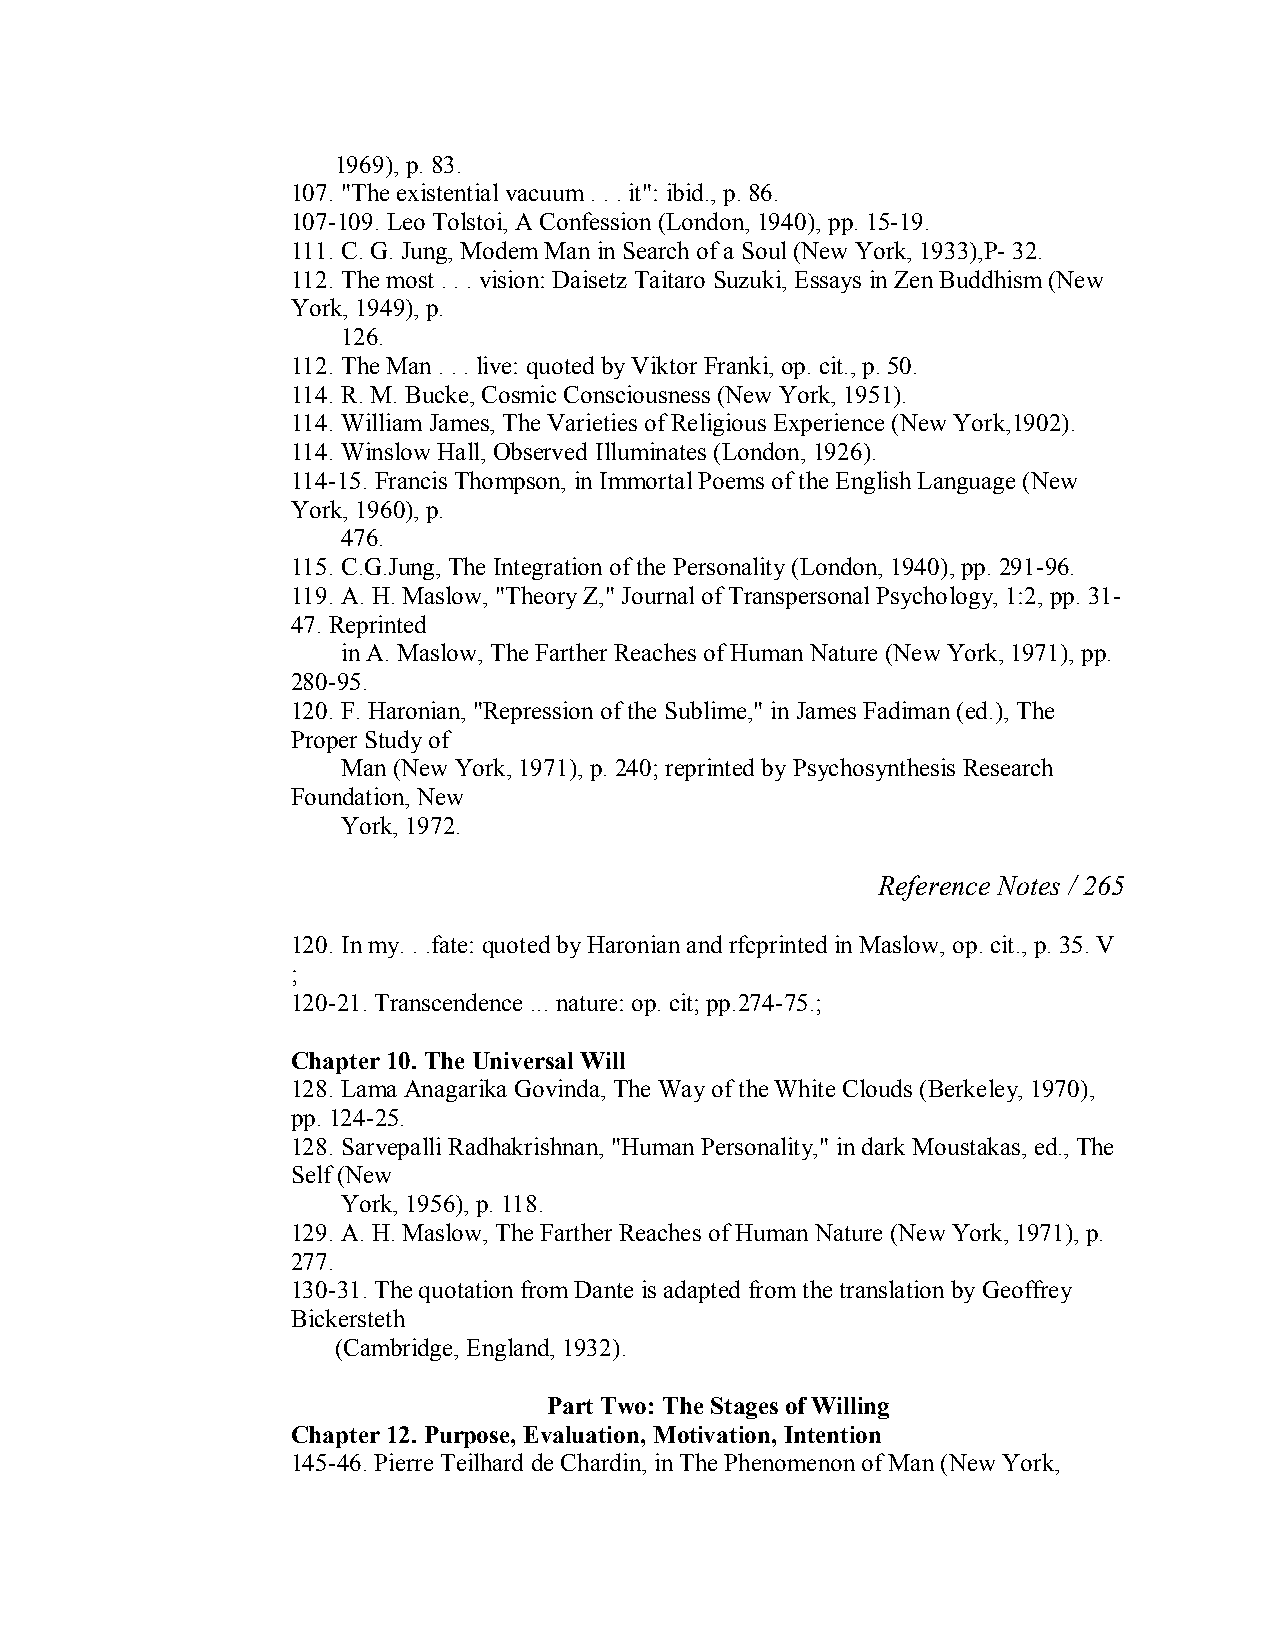
1969), p. 83.
 107. "The existential vacuum . . . it": ibid., p. 86.
 107­109. Leo Tolstoi, A Confession (London, 1940), pp. 15­19.
 111. C. G. Jung, Modem Man in Search of a Soul (New York, 1933),P­ 32.
 112. The most . . . vision: Daisetz Taitaro Suzuki, Essays in Zen Buddhism (New
 York, 1949), p.
 126.
 112. The Man . . . live: quoted by Viktor Franki, op. cit., p. 50.
 114. R. M. Bucke, Cosmic Consciousness (New York, 1951).
 114. William James, The Varieties of Religious Experience (New York,1902).
 114. Winslow Hall, Observed Illuminates (London, 1926).
 114­15. Francis Thompson, in Immortal Poems of the English Language (New
 York, 1960), p.
 476.
 115. C.G.Jung, The Integration of the Personality (London, 1940), pp. 291­96.
 119. A. H. Maslow, "Theory Z," Journal of Transpersonal Psychology, 1:2, pp. 31­
 47. Reprinted
 in A. Maslow, The Farther Reaches of Human Nature (New York, 1971), pp.
 280­95.
 120. F. Haronian, "Repression of the Sublime," in James Fadiman (ed.), The
 Proper Study of
 Man (New York, 1971), p. 240; reprinted by Psychosynthesis Research
 Foundation, New
 York, 1972.
 Reference Notes / 265
 120. In my. . .fate: quoted by Haronian and rfcprinted in Maslow, op. cit., p. 35. V
 ;
 120­21. Transcendence ... nature: op. cit; pp.274­75.;
 Chapter 10. The Universal Will
 128. Lama Anagarika Govinda, The Way of the White Clouds (Berkeley, 1970),
 pp. 124­25.
 128. Sarvepalli Radhakrishnan, "Human Personality," in dark Moustakas, ed., The
 Self (New
 York, 1956), p. 118.
 129. A. H. Maslow, The Farther Reaches of Human Nature (New York, 1971), p.
 277.
 130­31. The quotation from Dante is adapted from the translation by Geoffrey
 Bickersteth
 (Cambridge, England, 1932).
 Part Two: The Stages of Willing
 Chapter 12. Purpose, Evaluation, Motivation, Intention
 145­46. Pierre Teilhard de Chardin, in The Phenomenon of Man (New York,